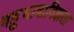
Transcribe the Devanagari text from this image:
बहुभाषाविज्ञता